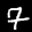
Label: 7